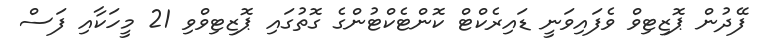
ފޭދުން ޕޮޒިޓިވް ވެފައިވަނީ ޑައިރެކްޓް ކޮންޓެކްޓުންގެ ގޮތުގައި ޕޮޒިޓިވްވި 21 މީހަކާއި ފަސް